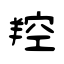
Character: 羫